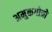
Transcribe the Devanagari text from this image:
अमुकगोत्रो